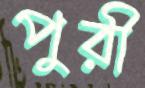
পুরী